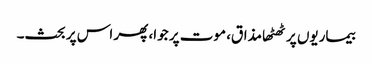
بیماریوں پر ٹھٹھا مذاق، موت پر جوا، پھر اس پر بحث۔